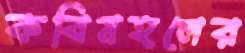
কবিমহলের